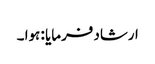
ارشاد فرمایا : ہوا ۔